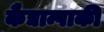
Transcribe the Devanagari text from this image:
कैद्यान्पाकी